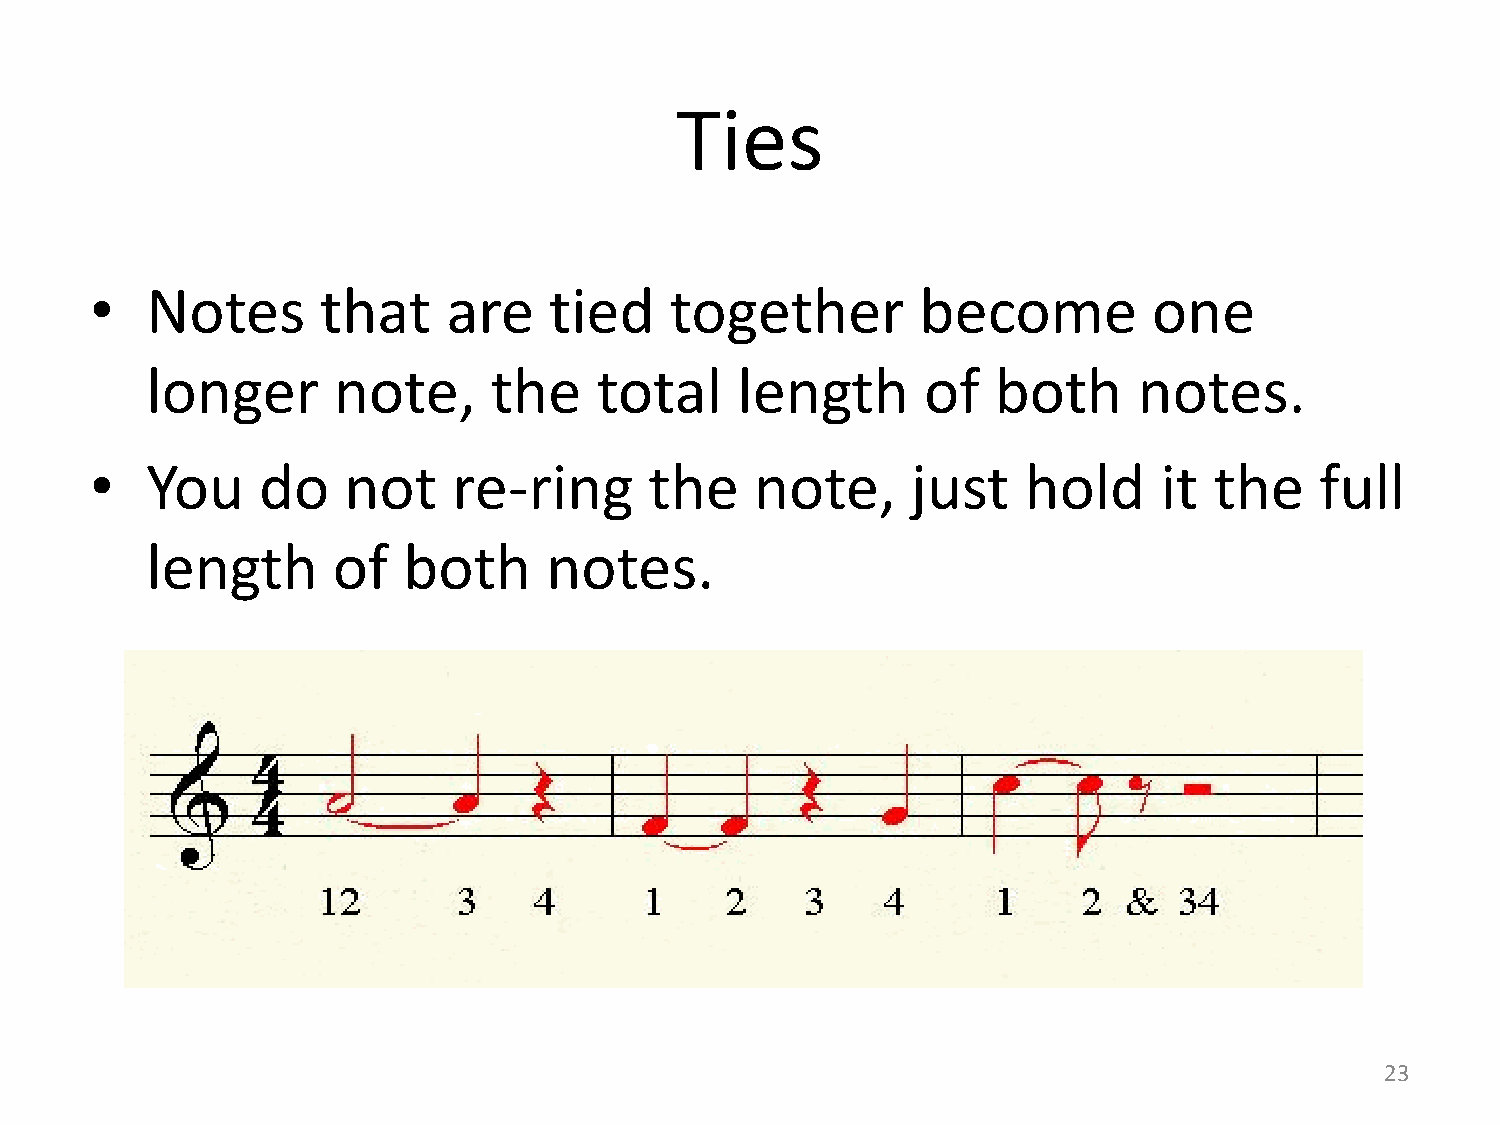
Ties
 •   Notes      that     are   tied    together         become         one
 longer      note,     the    total     length      of   both     notes.
 •   You    do    not    re-ring      the    note,     just    hold     it the    full
 length      of   both     notes.
 23